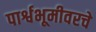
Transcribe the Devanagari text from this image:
पार्श्वभूमीवरचे